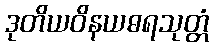
ဒုတိယဝိနယဓရသုတ္တံ